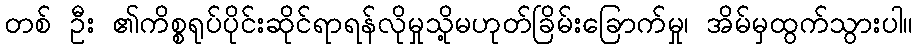
တစ် ဦး ၏ကိစ္စရုပ်ပိုင်းဆိုင်ရာရန်လိုမှုသို့မဟုတ်ခြိမ်းခြောက်မှု၊ အိမ်မှထွက်သွားပါ။